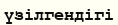
үзілгендігі